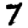
Digit: 7